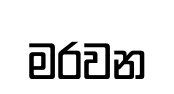
මරවන